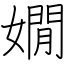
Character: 嫺